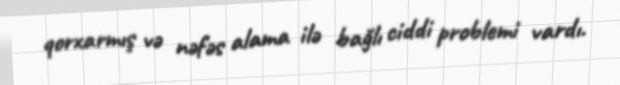
qorxarmış və nəfəs alama ilə bağlı ciddi problemi vardı.